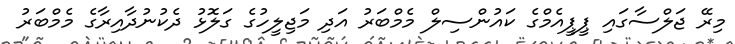
މިރޭ ޖަލްސާގައި ޕީޕީއެމްގެ ކައުންސިލް މެމްބަރު އަދި މަޖިލީހުގެ ގަލޮޅު ދެކުނުދާއިރާގެ މެމްބަރު